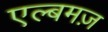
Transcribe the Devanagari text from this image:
एल्बमज़